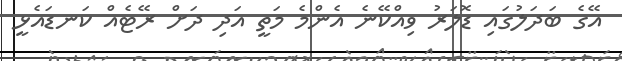
އޭގެ ބަދަލުގައި ޑޮލަރު ވިއްކޭނެ އެންމެ މަތީ އަދި ދަށް ރޭޓެއް ކަނޑައެޅީ